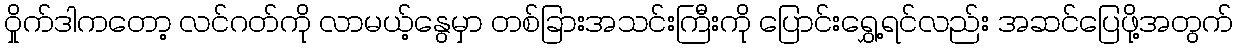
ဝှိုက်ဒါကတော့ လင်ဂတ်ကို လာမယ့်နွေမှာ တစ်ခြားအသင်းကြီးကို ပြောင်းရွှေ့ရင်လည်း အဆင်ပြေဖို့အတွက်